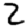
Digit: 2